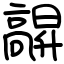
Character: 髜